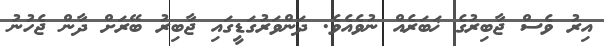
އިރު ވެސް ޖާބިރުގެ ޚަބަރެއް ނުވެއެވެ. ދަންވަރުގަޑީގައި ޖާބިރު ބޭރަށް ދާން ޖެހުނު